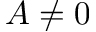
A \neq 0